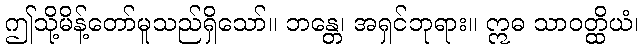
ဤသို့မိန့်တော်မူသည်ရှိသော်။ ဘန္တေ၊ အရှင်ဘုရား။ ဣဓ သာဝတ္ထိယံ၊